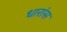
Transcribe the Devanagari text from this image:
धारांस